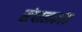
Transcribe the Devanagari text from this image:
संचालकांत